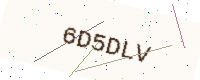
Text: 6D5DLV